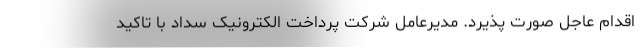
اقدام عاجل صورت پذیرد. مدیرعامل شرکت پرداخت الکترونیک سداد با تاکید